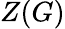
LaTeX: Z(G)